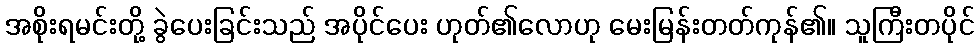
အစိုးရမင်းတို့ ခွဲပေးခြင်းသည် အပိုင်ပေး ဟုတ်၏လောဟု မေးမြန်းတတ်ကုန်၏။ သူကြီးတပိုင်